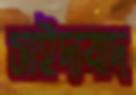
সাইদাবাদ